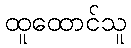
ထူထောင်သူ